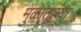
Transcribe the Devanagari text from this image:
मुळातल्या